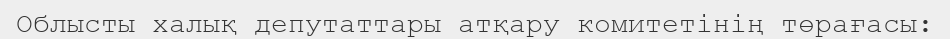
Облысты халық депутаттары атқару комитетінің төрағасы: